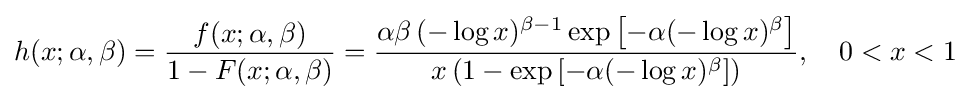
h(x;\alpha ,\beta )={\frac {f(x;\alpha ,\beta )}{1-F(x;\alpha ,\beta )}}={\frac {\alpha \beta \,(-\log x)^{\beta -1}\exp \left[-\alpha (-\log x)^{\beta }\right]}{x\left(1-\exp \left[-\alpha (-\log x)^{\beta }\right]\right)}},\quad 0<x<1